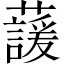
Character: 蘐